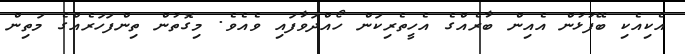
އެކިއެކި ބޭފުޅުން އެއިން ބާރެއްގެ އެހީތެރިކަން ހޯއްދަވާފައި ވެއެވެ. މިގޮތުން ތިންފަހަރެއްގެ މަތިން